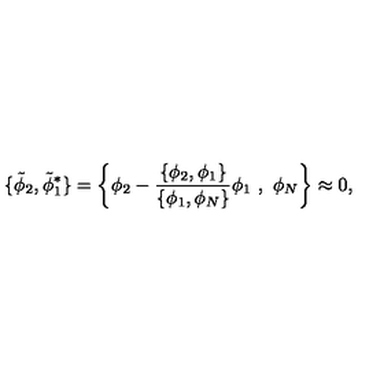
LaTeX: \{ { \tilde { \phi } _ { 2 } } , { \tilde { \phi } _ { 1 } ^ { * } } \} = \left\{ \phi _ { 2 } - \frac { \{ \phi _ { 2 } , \phi _ { 1 } \} } { \{ \phi _ { 1 } , \phi _ { N } \} } \phi _ { 1 } \ , \ \phi _ { N } \right\} \approx 0 ,